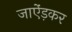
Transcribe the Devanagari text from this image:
जाऐंड़कर